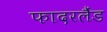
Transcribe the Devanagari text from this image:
फादरलैंड